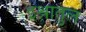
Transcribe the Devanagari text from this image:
इश्रातुल